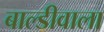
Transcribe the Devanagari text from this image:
बाल्डीवाला